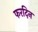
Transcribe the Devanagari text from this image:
फरदिन